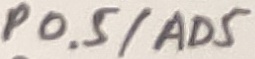
Text: P0.5/AD5